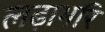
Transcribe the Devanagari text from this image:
लढ़ाभरि